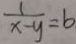
\frac { 1 } { x - y } = b